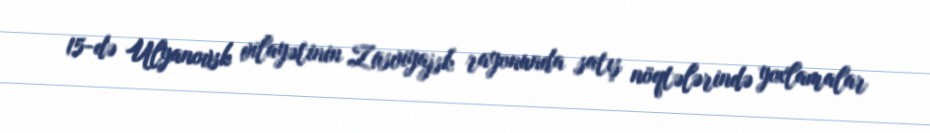
15-də Ulyanovsk vilayətinin Zasviyajsk rayonunda satış nöqtələrində yoxlamalar